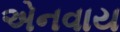
એનવાય